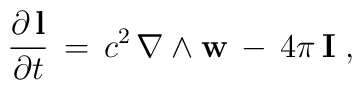
\frac{\partial\, {\bf l}}{\partial t}\, =\, c^{2}\, \nabla \wedge {\bf w}\, -\,4 \pi\, {\bf I}\; ,